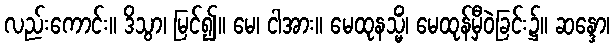
လည်းကောင်း။ ဒိသွာ၊ မြင်၍။ မေ၊ ငါအား။ မေထုနသ္မိံ၊ မေထုန်မှီဝဲခြင်း၌။ ဆန္ဒော၊